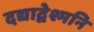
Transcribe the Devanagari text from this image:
दद्याद्वेश्मनि